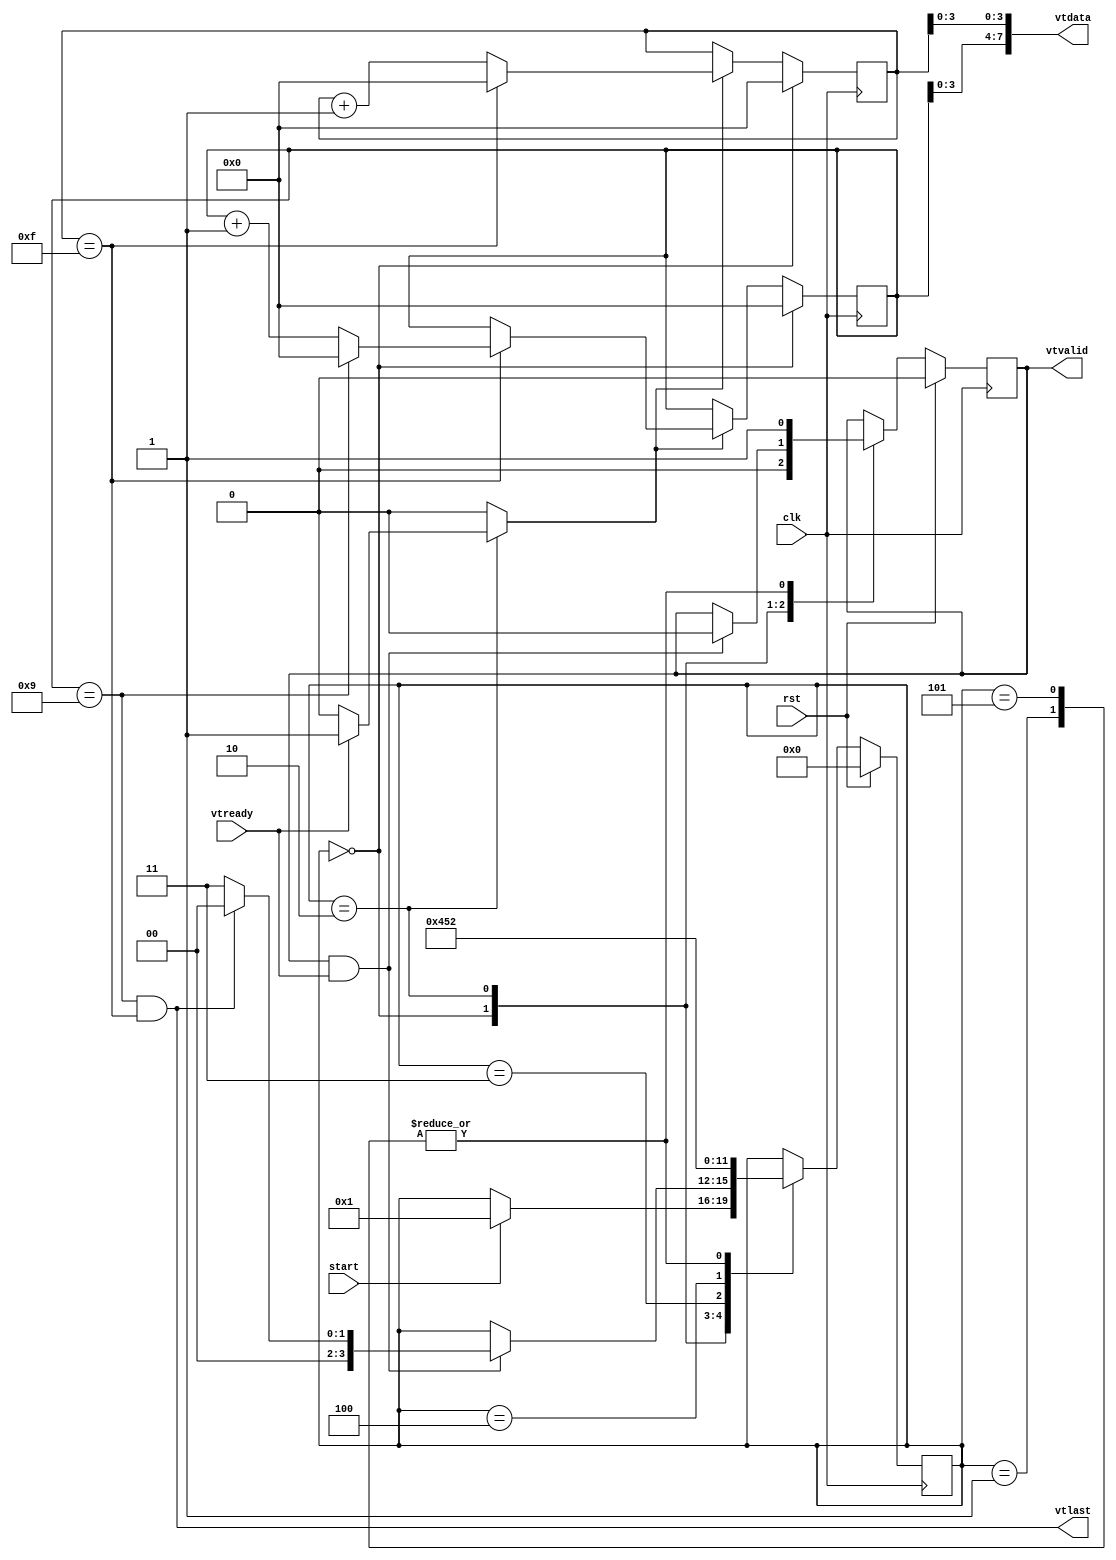
`timescale 1ns / 1ps

module sim_video_uncon
(
    input clk,rst,start,
    output [7:0] vtdata,
    output reg vtvalid,
    output vtlast,
    input vtready
);



reg [9:0] wx,wy;

assign vtdata = {wy[3:0],wx[3:0]};
assign vtlast = wy==9 && wx==15;


localparam IDLE = 0,
           INIT = 1, 
           WORK = 2,
           WORK_1 = 3,
           WORK_2 = 4,
           WORK_3 = 5;
localparam pipeLatency = 5;

reg cnt_en,cnt_rstn;
reg [3:0] state;


reg[3:0] init_cnt;
always @ (posedge clk) begin
    if(rst) begin
        state <= 0;
        vtvalid <= 0;
        init_cnt <= 0;
    end
    else begin
        case(state)
            IDLE:begin
                init_cnt <= 0;
                vtvalid <= 0;
                if(start) begin
                    state <= INIT;
                end
            end
            INIT:begin
                    state <= WORK;
                    vtvalid <= 1;
            end
            WORK:begin
                if(vtvalid && vtready) begin
                    vtvalid <= 0;
                    state <= WORK_1;
                    if(vtlast) begin
                        vtvalid <= 0;
                        state <= IDLE;
                    end
                end
            end
            WORK_1: begin
                state <= WORK_2;
            end
            WORK_2: begin
                state <= WORK_3;
            end
            WORK_3: begin
                state <= WORK;
                vtvalid <= 1;
            end

        endcase
    end
end
always @ * begin
    case(state) 
        IDLE: begin
            cnt_en = 0;
            cnt_rstn = 0;
        end
        INIT: begin
            cnt_en = 0;
            cnt_rstn = 1;
        end
        WORK: begin
            cnt_en = vtready? 1 : 0;
            cnt_rstn = 1;
        end
        default: begin
            cnt_en = 1'b0;
            cnt_rstn = 1'b1;
        end
    endcase
    
end

always @(posedge clk) begin
    if(!cnt_rstn) begin
        wy <= 0;
        wx <= 0;
    end
    else if(cnt_en) begin
        wx <= (wx==15)? 0 : wx+1;
        if(wx==15)
            wy <= (wy==9)? 0 : wy+1;
    end
end




endmodule